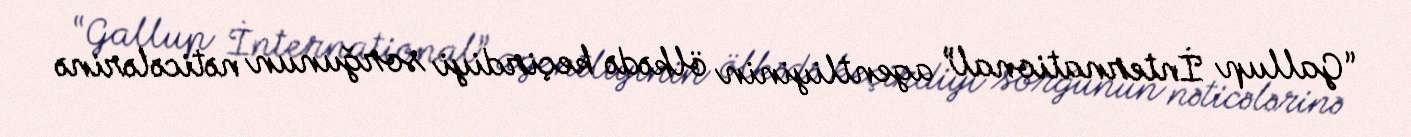
“Gallup İnternational” agentliyinin ölkədə keçirdiyi sorğunun nəticələrinə